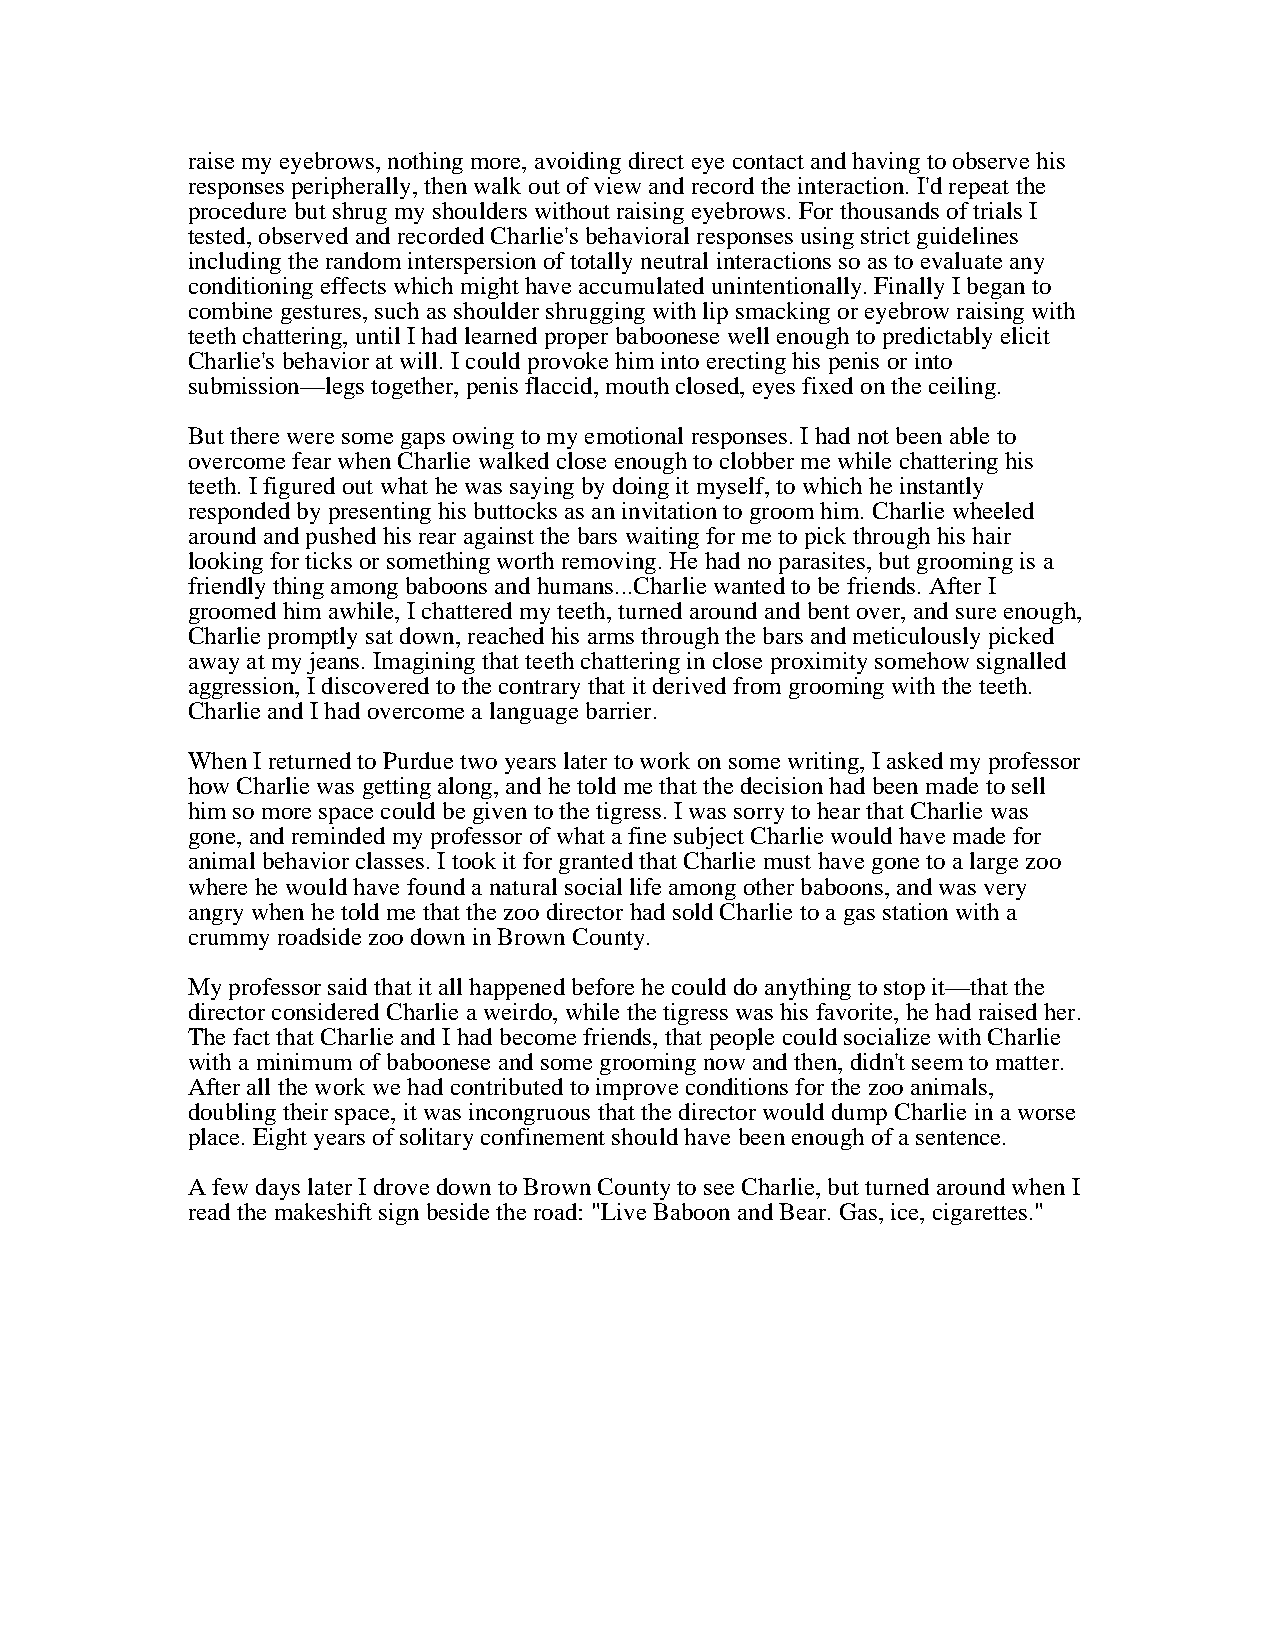
raise my eyebrows, nothing more, avoiding direct eye contact and having to observe his
 responses peripherally, then walk out of view and record the interaction. I'd repeat the
 procedure but shrug my shoulders without raising eyebrows. For thousands of trials I
 tested, observed and recorded Charlie's behavioral responses using strict guidelines
 including the random interspersion of totally neutral interactions so as to evaluate any
 conditioning effects which might have accumulated unintentionally. Finally I began to
 combine gestures, such as shoulder shrugging with lip smacking or eyebrow raising with
 teeth chattering, until I had learned proper baboonese well enough to predictably elicit
 Charlie's behavior at will. I could provoke him into erecting his penis or into
 submission—legs together, penis flaccid, mouth closed, eyes fixed on the ceiling.
 But there were some gaps owing to my emotional responses. I had not been able to
 overcome fear when Charlie walked close enough to clobber me while chattering his
 teeth. I figured out what he was saying by doing it myself, to which he instantly
 responded by presenting his buttocks as an invitation to groom him. Charlie wheeled
 around and pushed his rear against the bars waiting for me to pick through his hair
 looking for ticks or something worth removing. He had no parasites, but grooming is a
 friendly thing among baboons and humans...Charlie wanted to be friends. After I
 groomed him awhile, I chattered my teeth, turned around and bent over, and sure enough,
 Charlie promptly sat down, reached his arms through the bars and meticulously picked
 away at my jeans. Imagining that teeth chattering in close proximity somehow signalled
 aggression, I discovered to the contrary that it derived from grooming with the teeth.
 Charlie and I had overcome a language barrier.
 When I returned to Purdue two years later to work on some writing, I asked my professor
 how Charlie was getting along, and he told me that the decision had been made to sell
 him so more space could be given to the tigress. I was sorry to hear that Charlie was
 gone, and reminded my professor of what a fine subject Charlie would have made for
 animal behavior classes. I took it for granted that Charlie must have gone to a large zoo
 where he would have found a natural social life among other baboons, and was very
 angry when he told me that the zoo director had sold Charlie to a gas station with a
 crummy roadside zoo down in Brown County.
 My professor said that it all happened before he could do anything to stop it—that the
 director considered Charlie a weirdo, while the tigress was his favorite, he had raised her.
 The fact that Charlie and I had become friends, that people could socialize with Charlie
 with a minimum of baboonese and some grooming now and then, didn't seem to matter.
 After all the work we had contributed to improve conditions for the zoo animals,
 doubling their space, it was incongruous that the director would dump Charlie in a worse
 place. Eight years of solitary confinement should have been enough of a sentence.
 A few days later I drove down to Brown County to see Charlie, but turned around when I
 read the makeshift sign beside the road: "Live Baboon and Bear. Gas, ice, cigarettes."